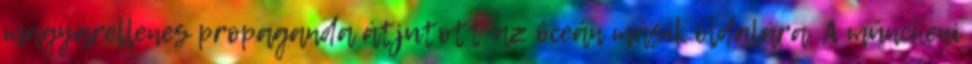
magyarellenes propaganda átjutott az óceán másik oldalára. A müncheni